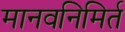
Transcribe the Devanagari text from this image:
मानवनिमिर्त